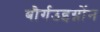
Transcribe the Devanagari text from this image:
बौर्गउइग्नोंन